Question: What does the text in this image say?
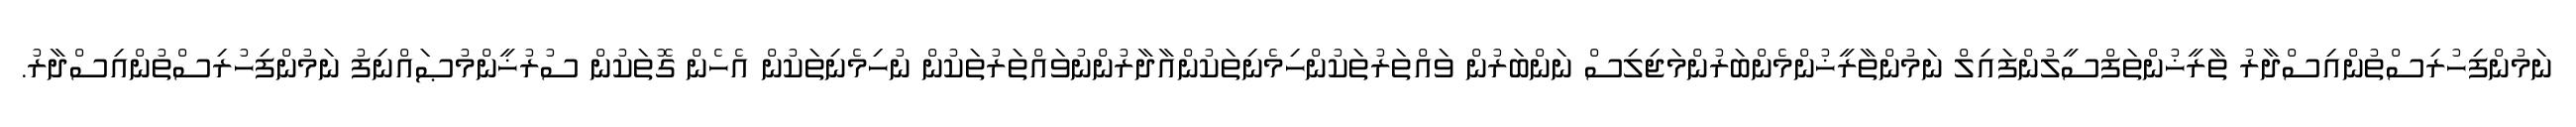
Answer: ނަމުންފިހުރިސްތުންއިސްދާރު ތާރީޚުންތަފްސީލުންފައިލް ނަމުންތާރީޚުންމެންބަރުންމަޖިލިސް ނަންބަރުން ވައްތަރުތަކުންހިމެނިތަކުންއާދާރުންނުވައްތަރުތަކުން ނުހިމެނިތަކުން އެހެން ގޮތަކުން ސުރުޚީންމުޞައްނިފު ނަމުންފިހުރިސްތުންއިސްދާރު.